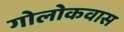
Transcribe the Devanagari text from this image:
गोलोकवास